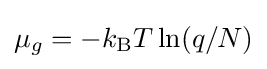
\mu _{g}=-k_{\rm {B}}T\ln(q/N)